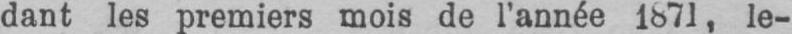
dant les premiers mois de l’année 1871, le-